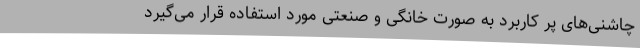
چاشنی‌های پر کاربرد به صورت خانگی و صنعتی مورد استفاده قرار می‌گیرد